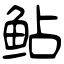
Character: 鲇